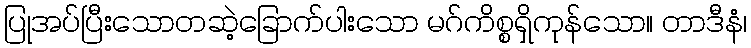
ပြုအပ်ပြီးသောတဆဲ့ခြောက်ပါးသော မဂ်ကိစ္စရှိကုန်သော။ တာဒီနံ၊